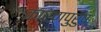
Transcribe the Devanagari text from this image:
कारणपुरुष